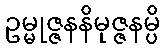
ဥမ္မုဇ္ဇနနိမုဇ္ဇနမ္ပိ